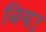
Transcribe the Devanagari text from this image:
बियउ